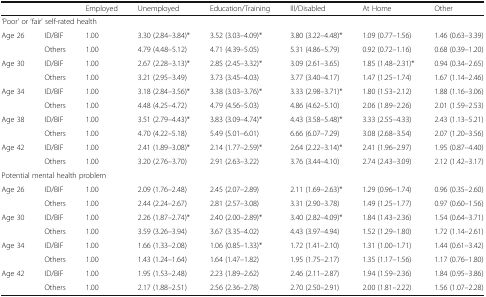
<table><thead><tr><td></td><td></td><td><b>Employed</b></td><td><b>Unemployed</b></td><td><b>Education/Training</b></td><td><b>Ill/Disabled</b></td><td><b>At Home</b></td><td><b>Other</b></td></tr></thead><tbody><tr><td colspan="8">‘Poor’ or ‘fair’ self-rated health</td></tr><tr><td>Age 26</td><td>ID/BIF</td><td>1.00</td><td>3.30 (2.84–3.84)*</td><td>3.52 (3.03–4.09)*</td><td>3.80 (3.22–4.48)*</td><td>1.09 (0.77–1.56)</td><td>1.46 (0.63–3.39)</td></tr><tr><td></td><td>Others</td><td>1.00</td><td>4.79 (4.48–5.12)</td><td>4.71 (4.39–5.05)</td><td>5.31 (4.86–5.79)</td><td>0.92 (0.72–1.16)</td><td>0.68 (0.39–1.20)</td></tr><tr><td>Age 30</td><td>ID/BIF</td><td>1.00</td><td>2.67 (2.28–3.13)*</td><td>2.85 (2.45–3.32)*</td><td>3.09 (2.61–3.65)</td><td>1.85 (1.48–2.31)*</td><td>0.94 (0.34–2.65)</td></tr><tr><td></td><td>Others</td><td>1.00</td><td>3.21 (2.95–3.49)</td><td>3.73 (3.45–4.03)</td><td>3.77 (3.40–4.17)</td><td>1.47 (1.25–1.74)</td><td>1.67 (1.14–2.46)</td></tr><tr><td>Age 34</td><td>ID/BIF</td><td>1.00</td><td>3.18 (2.84–3.56)*</td><td>3.38 (3.03–3.76)*</td><td>3.33 (2.98–3.71)*</td><td>1.80 (1.53–2.12)</td><td>1.88 (1.16–3.06)</td></tr><tr><td></td><td>Others</td><td>1.00</td><td>4.48 (4.25–4.72)</td><td>4.79 (4.56–5.03)</td><td>4.86 (4.62–5.10)</td><td>2.06 (1.89–2.26)</td><td>2.01 (1.59–2.53)</td></tr><tr><td>Age 38</td><td>ID/BIF</td><td>1.00</td><td>3.51 (2.79–4.43)*</td><td>3.83 (3.09–4.74)*</td><td>4.43 (3.58–5.48)*</td><td>3.33 (2.55–4.33)</td><td>2.43 (1.13–5.21)</td></tr><tr><td></td><td>Others</td><td>1.00</td><td>4.70 (4.22–5.18)</td><td>5.49 (5.01–6.01)</td><td>6.66 (6.07–7.29)</td><td>3.08 (2.68–3.54)</td><td>2.07 (1.20–3.56)</td></tr><tr><td>Age 42</td><td>ID/BIF</td><td>1.00</td><td>2.41 (1.89–3.08)*</td><td>2.14 (1.77–2.59)*</td><td>2.64 (2.22–3.14)*</td><td>2.41 (1.96–2.97)</td><td>1.95 (0.87–4.40)</td></tr><tr><td></td><td>Others</td><td>1.00</td><td>3.20 (2.76–3.70)</td><td>2.91 (2.63–3.22)</td><td>3.76 (3.44–4.10)</td><td>2.74 (2.43–3.09)</td><td>2.12 (1.42–3.17)</td></tr><tr><td colspan="8">Potential mental health problem</td></tr><tr><td>Age 26</td><td>ID/BIF</td><td>1.00</td><td>2.09 (1.76–2.48)</td><td>2.45 (2.07–2.89)</td><td>2.11 (1.69–2.63)*</td><td>1.29 (0.96–1.74)</td><td>0.96 (0.35–2.60)</td></tr><tr><td></td><td>Others</td><td>1.00</td><td>2.44 (2.24–2.67)</td><td>2.81 (2.57–3.08)</td><td>3.31 (2.90–3.78)</td><td>1.49 (1.25–1.77)</td><td>0.97 (0.60–1.56)</td></tr><tr><td>Age 30</td><td>ID/BIF</td><td>1.00</td><td>2.26 (1.87–2.74)*</td><td>2.40 (2.00–2.89)*</td><td>3.40 (2.82–4.09)*</td><td>1.84 (1.43–2.36)</td><td>1.54 (0.64–3.71)</td></tr><tr><td></td><td>Others</td><td>1.00</td><td>3.59 (3.26–3.94)</td><td>3.67 (3.35–4.02)</td><td>4.43 (3.97–4.94)</td><td>1.52 (1.29–1.80)</td><td>1.72 (1.14–2.61)</td></tr><tr><td>Age 34</td><td>ID/BIF</td><td>1.00</td><td>1.66 (1.33–2.08)</td><td>1.06 (0.85–1.33)*</td><td>1.72 (1.41–2.10)</td><td>1.31 (1.00–1.71)</td><td>1.44 (0.61–3.42)</td></tr><tr><td></td><td>Others</td><td>1.00</td><td>1.43 (1.24–1.64)</td><td>1.64 (1.47–1.82)</td><td>1.95 (1.75–2.17)</td><td>1.35 (1.17–1.56)</td><td>1.17 (0.76–1.80)</td></tr><tr><td>Age 42</td><td>ID/BIF</td><td>1.00</td><td>1.95 (1.53–2.48)</td><td>2.23 (1.89–2.62)</td><td>2.46 (2.11–2.87)</td><td>1.94 (1.59–2.36)</td><td>1.84 (0.95–3.86)</td></tr><tr><td></td><td>Others</td><td>1.00</td><td>2.17 (1.88–2.51)</td><td>2.56 (2.36–2.78)</td><td>2.70 (2.50–2.91)</td><td>2.00 (1.81–2.22)</td><td>1.56 (1.07–2.28)</td></tr></tbody></table>